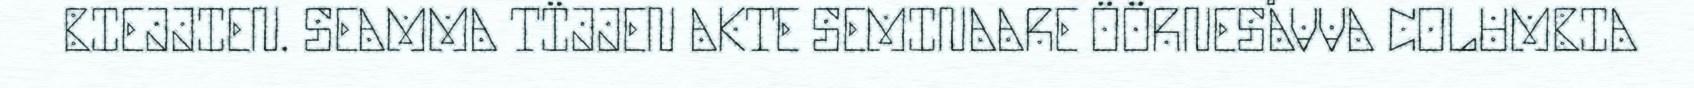
BIEJJIEN. SEAMMA TÏJJEN AKTE SEMINAARE ÖÖRNESÅVVA COLUMBIA